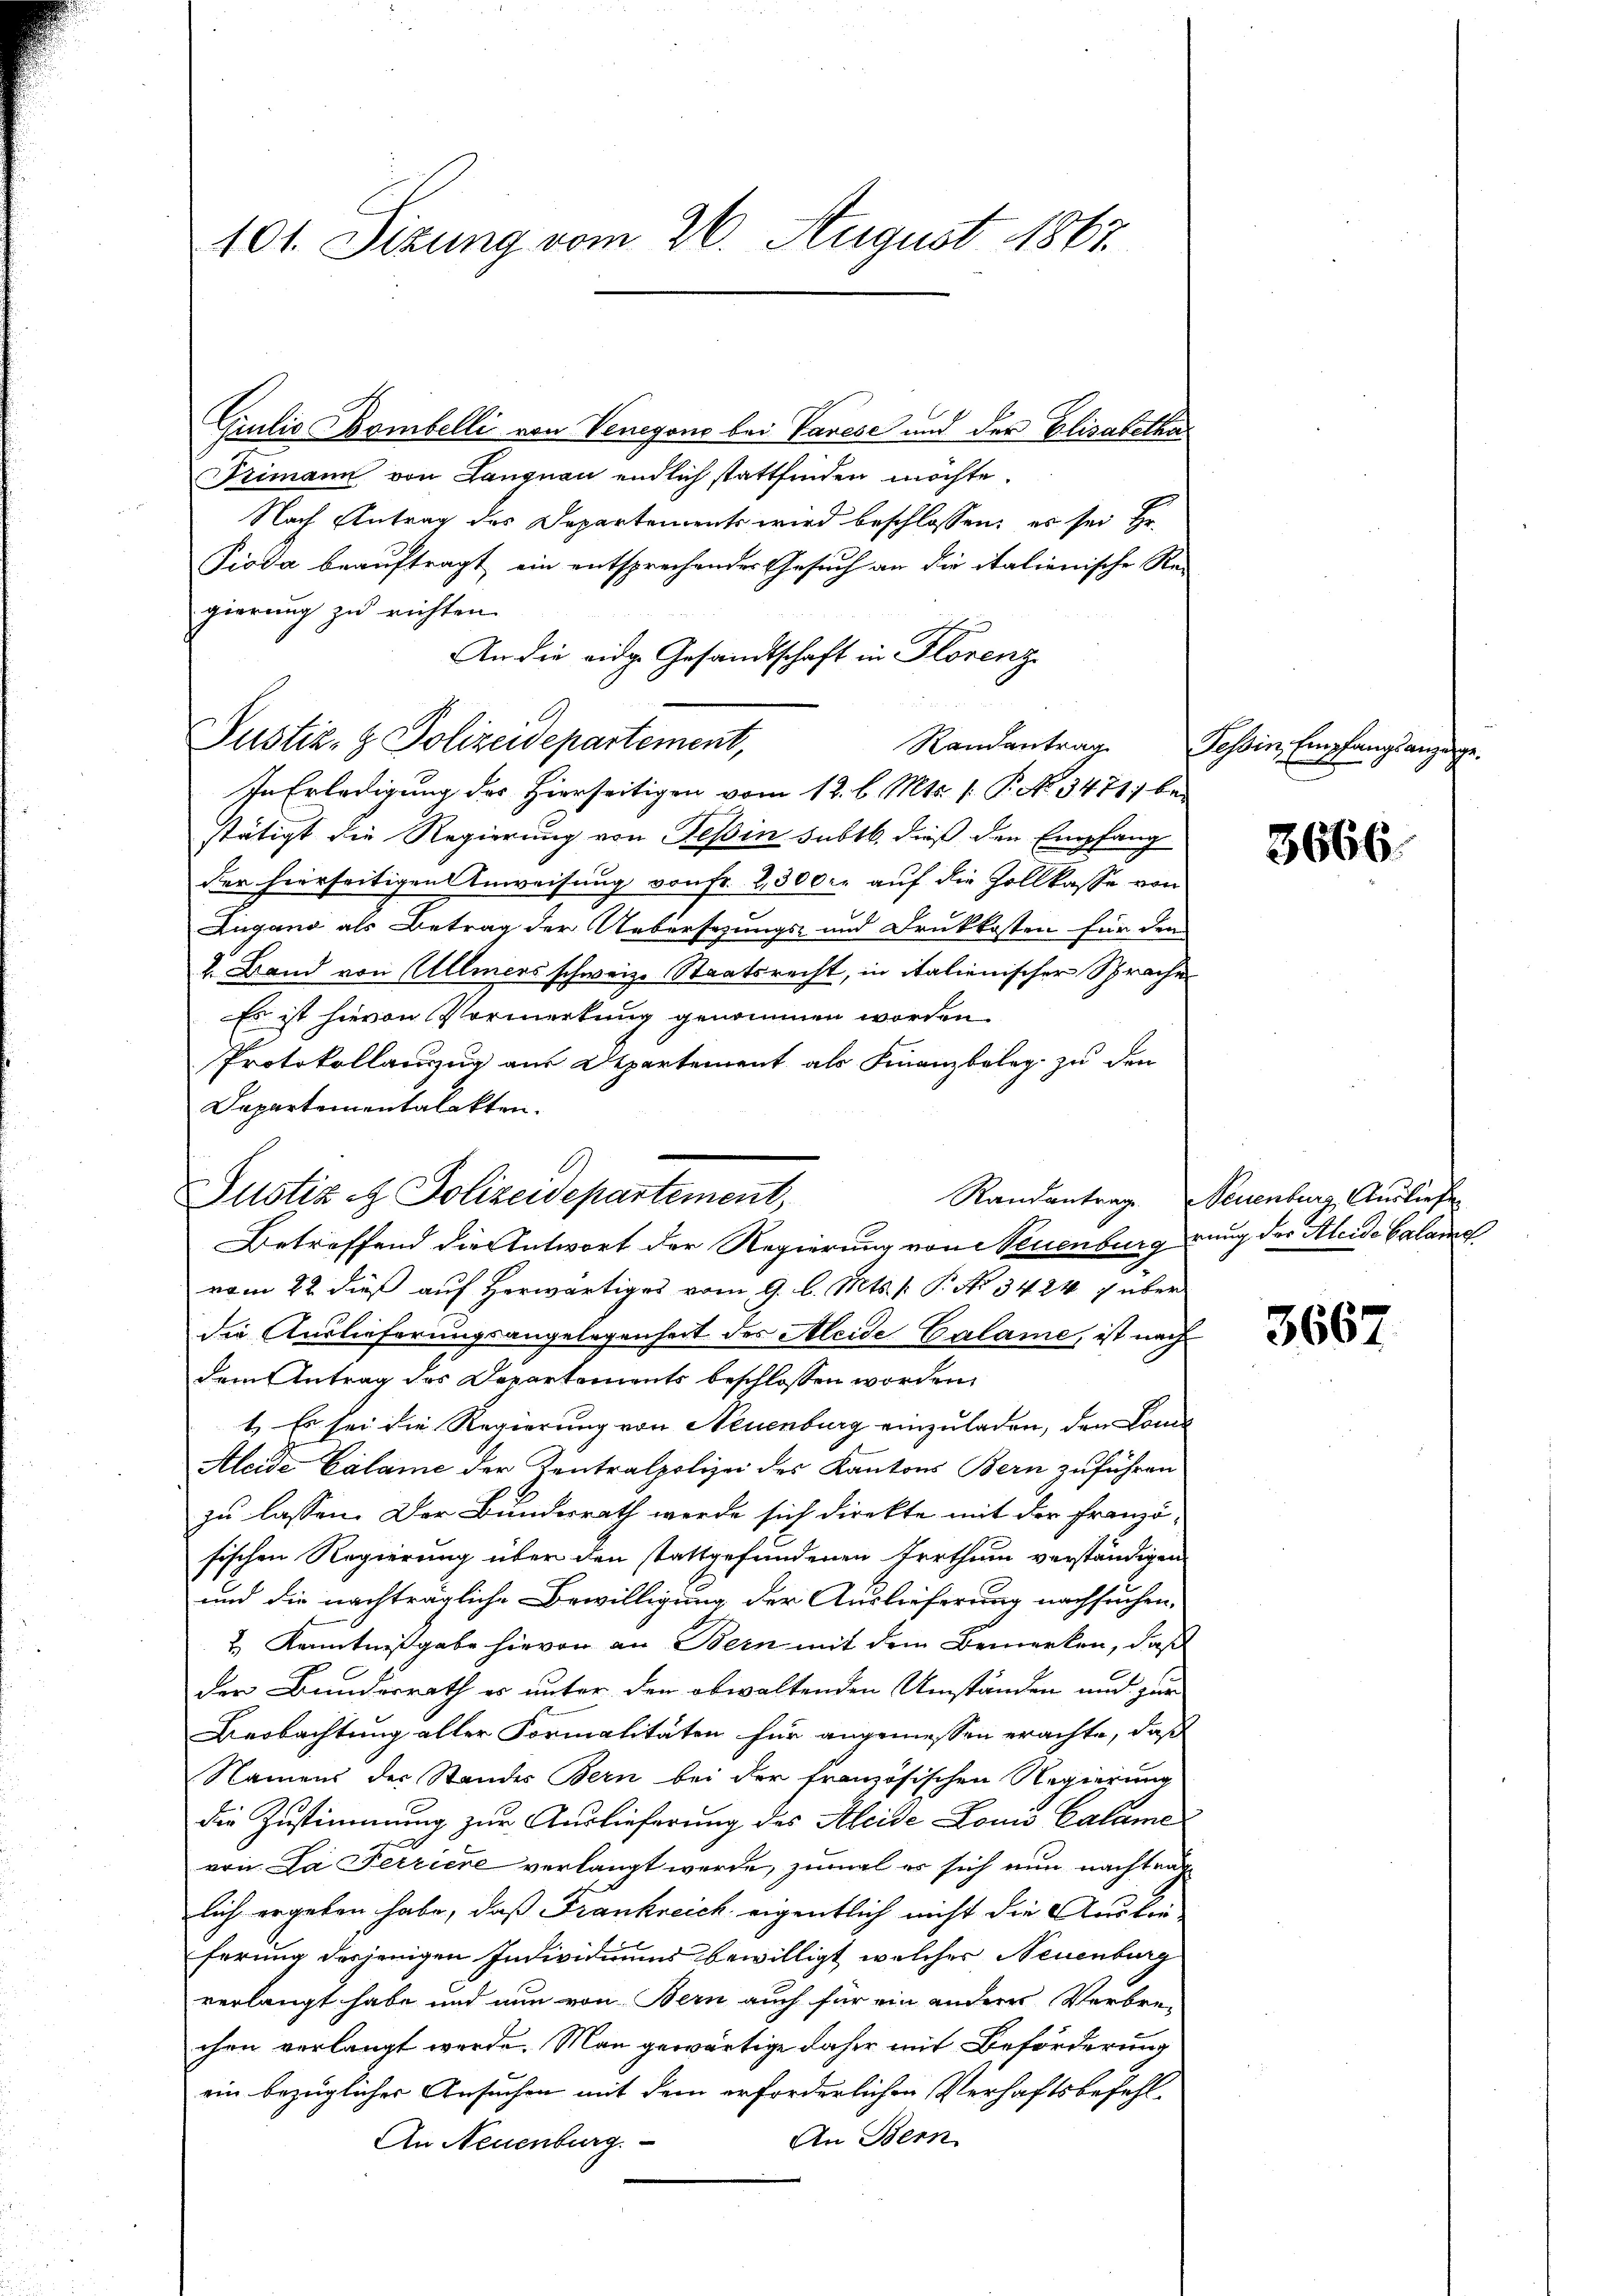
101. Sizung vom 26. August 1867.

Giulio Bombelli von Venegono bei Varese und der Elisabetha
Primann von Langnau endlich stattfinden möchte.
Nach Antrag des Departements wird beschlossen, es sei Hr.
Pioda beauftragt, ein entsprechendes Gesuch an die italienische Re-
gierung zu richten.
An die eidg. Gesandtschaft in Florenz
Randantrag
In Erledigung des Hierseitigen vom 12. l. Mts. v. P. No 3471, bei
stätigt die Regierung von Tessin subtb. dieß den Empfang
der hierseitigen Anweisung von Fr. 2300 er auf die Zollkasse von
Lugang als Betrag der Uebersezungs- und Druckkosten für den
2. Band von Ullmers schweiz. Staatsrecht, in italienischer Sprache
Es ist hievon Vormerkung genommen worden,
Protokollanzug aus Departement als Finanzbeleg zu den
Dapartementalakten.

Justiz- & Polizeidepartement,

Justiz & Polizeidepartement,
Betreffend die Antwort der Regierung von Neuenburg rung der Kleide Calame

vom 22. dieß auf Herwärtiges vom 9. l. Mts.  P. No. 3424 f über
die Auslieferungsangelegenheit des Aleide Calame, ist nach
dem Antrag des Departements beschlossen worden.
1. Es sei die Regierung von Neuenburg einzuladen, den Lande
Aleide Calame der Kentralpolizei des Kantons Bern zuführen
zu lassen. Der Bundesrath werde sich direkte mit der Franzö-
sischen Regierung über den stattgefundenen Irrthum verständigen
und die nachträgliche Bewilligung der Auslieferung nachsuchen.
& Kenntnißgabe hievon an Bern mit dem Bemerken, daß
der Bunderrath er unter den obwaltenden Umständen und zur
Beobachtung aller Formalitäten für angemessen erachte, daß
Namens der Standes Bern bei der französischen Regierung
die Zustimmung zur Auslieferung des Kleide Lonio Calame
von La Ferriere verlangt werde, zumal es sich nun nachtrage
lich ergeben habe, daß Frankreich eigentlich nicht die Ausbrüferung desjenigen Individiums bewilligt, welcher Neuenburg
verlangt habe und nun von Bern auch für ein andere Verbre-
chen verlangt werde. Man gewärtige daher mit Beförderung
ein bezüglicher Ansuchen mit dem erforderlichen Verhaftsbefehl¬
An Bern
An Neuenburg.

Tessin, Empfangsanze

3666.

Randantrag. Neuenburg, Ausliefe

3667